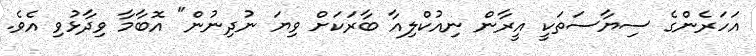
އަހަރެންގެ ސިޔާސަތަކީ އީރާން ނިއުކްލިއާ ބާރަކަށް ވިޔަ ނުދިނުން" އޮބާމާ ވިދާޅުވި އެވެ.